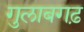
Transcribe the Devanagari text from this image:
गुलाबगढ़